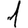
Digit: 1